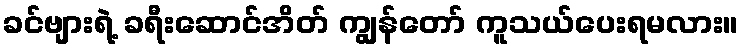
ခင်ဗျားရဲ့ ခရီးဆောင်အိတ် ကျွန်တော် ကူသယ်ပေးရမလား။